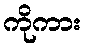
ကိုကား